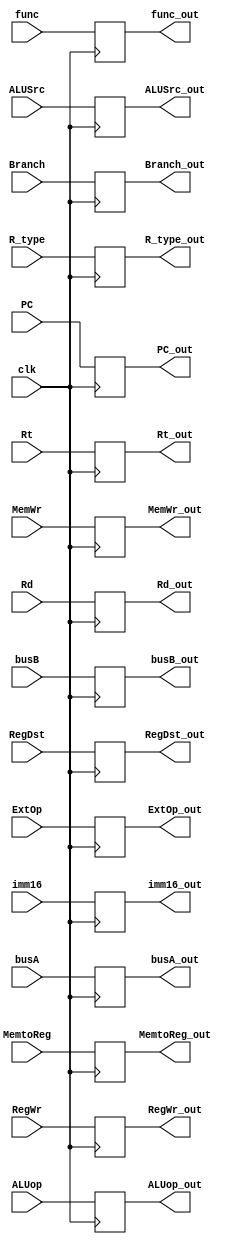
`timescale 1ns / 1ps

module Id_Ex(
input clk,
input wire [31:0] PC,
input wire [4:0] Rt,Rd,
input wire [15:0] imm16,
input wire [31:0] busA,busB,

input wire ExtOp,
input wire ALUSrc,
input wire [2:0] ALUop,
input wire RegDst,
input wire R_type,
input wire MemWr,
input wire Branch,
input wire MemtoReg,
input wire RegWr,
input wire [5:0] func,

output reg [31:0] PC_out,
output reg [4:0] Rt_out,Rd_out,
output reg [15:0] imm16_out,
output reg [31:0] busA_out,busB_out,

output reg ExtOp_out,
output reg ALUSrc_out,
output reg [2:0] ALUop_out,
output reg RegDst_out,
output reg R_type_out,
output reg MemWr_out,
output reg Branch_out,
output reg MemtoReg_out,
output reg RegWr_out,
output reg [5:0] func_out
    );

    always @(negedge clk) begin
        PC_out=PC;
        Rt_out=Rt;
        Rd_out=Rd;
        imm16_out=imm16;
        busA_out=busA;
        busB_out=busB;
        ExtOp_out=ExtOp;
        ALUSrc_out=ALUSrc;
        ALUop_out=ALUop;
        RegDst_out=RegDst;
        R_type_out=R_type;
        MemWr_out=MemWr;
        Branch_out=Branch;
        MemtoReg_out=MemtoReg;
        RegWr_out=RegWr;
        func_out=func;
    end
endmodule